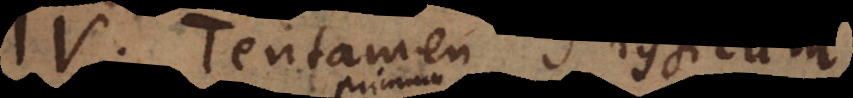
IV. Tentamen Physicum